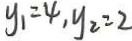
y _ { 1 } = 4 , y _ { 2 } = 2